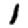
Digit: 1